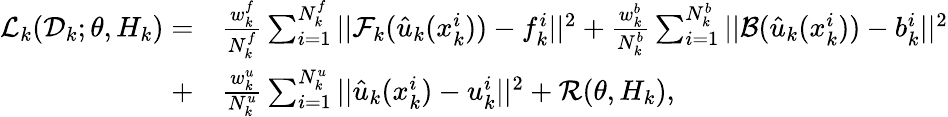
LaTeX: \begin{array}{rl}{\mathcal{L}_{k}(\mathcal{D}_{k};\theta,H_{k})=}&{{}\frac{w_{k}^{f}}{N_{k}^{f}}\sum_{i=1}^{N_{k}^{f}}||\mathcal{F}_{k}(\hat{u}_{k}(x_{k}^{i}))-f_{k}^{i}||^{2}+\frac{w_{k}^{b}}{N_{k}^{b}}\sum_{i=1}^{N_{k}^{b}}||\mathcal{B}(\hat{u}_{k}(x_{k}^{i}))-b_{k}^{i}||^{2}}\\ {+}&{{}\frac{w_{k}^{u}}{N_{k}^{u}}\sum_{i=1}^{N_{k}^{u}}||\hat{u}_{k}(x_{k}^{i})-u_{k}^{i}||^{2}+\mathcal{R}(\theta,H_{k}),}\end{array}